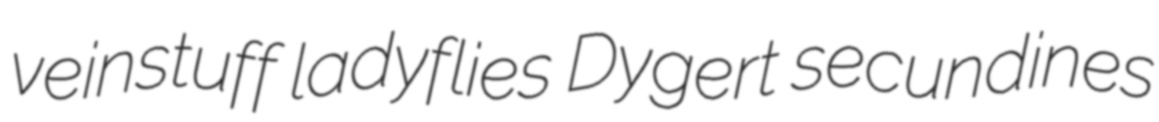
veinstuff ladyflies Dygert secundines